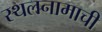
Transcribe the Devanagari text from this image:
स्थलनामाची